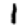
Digit: 1